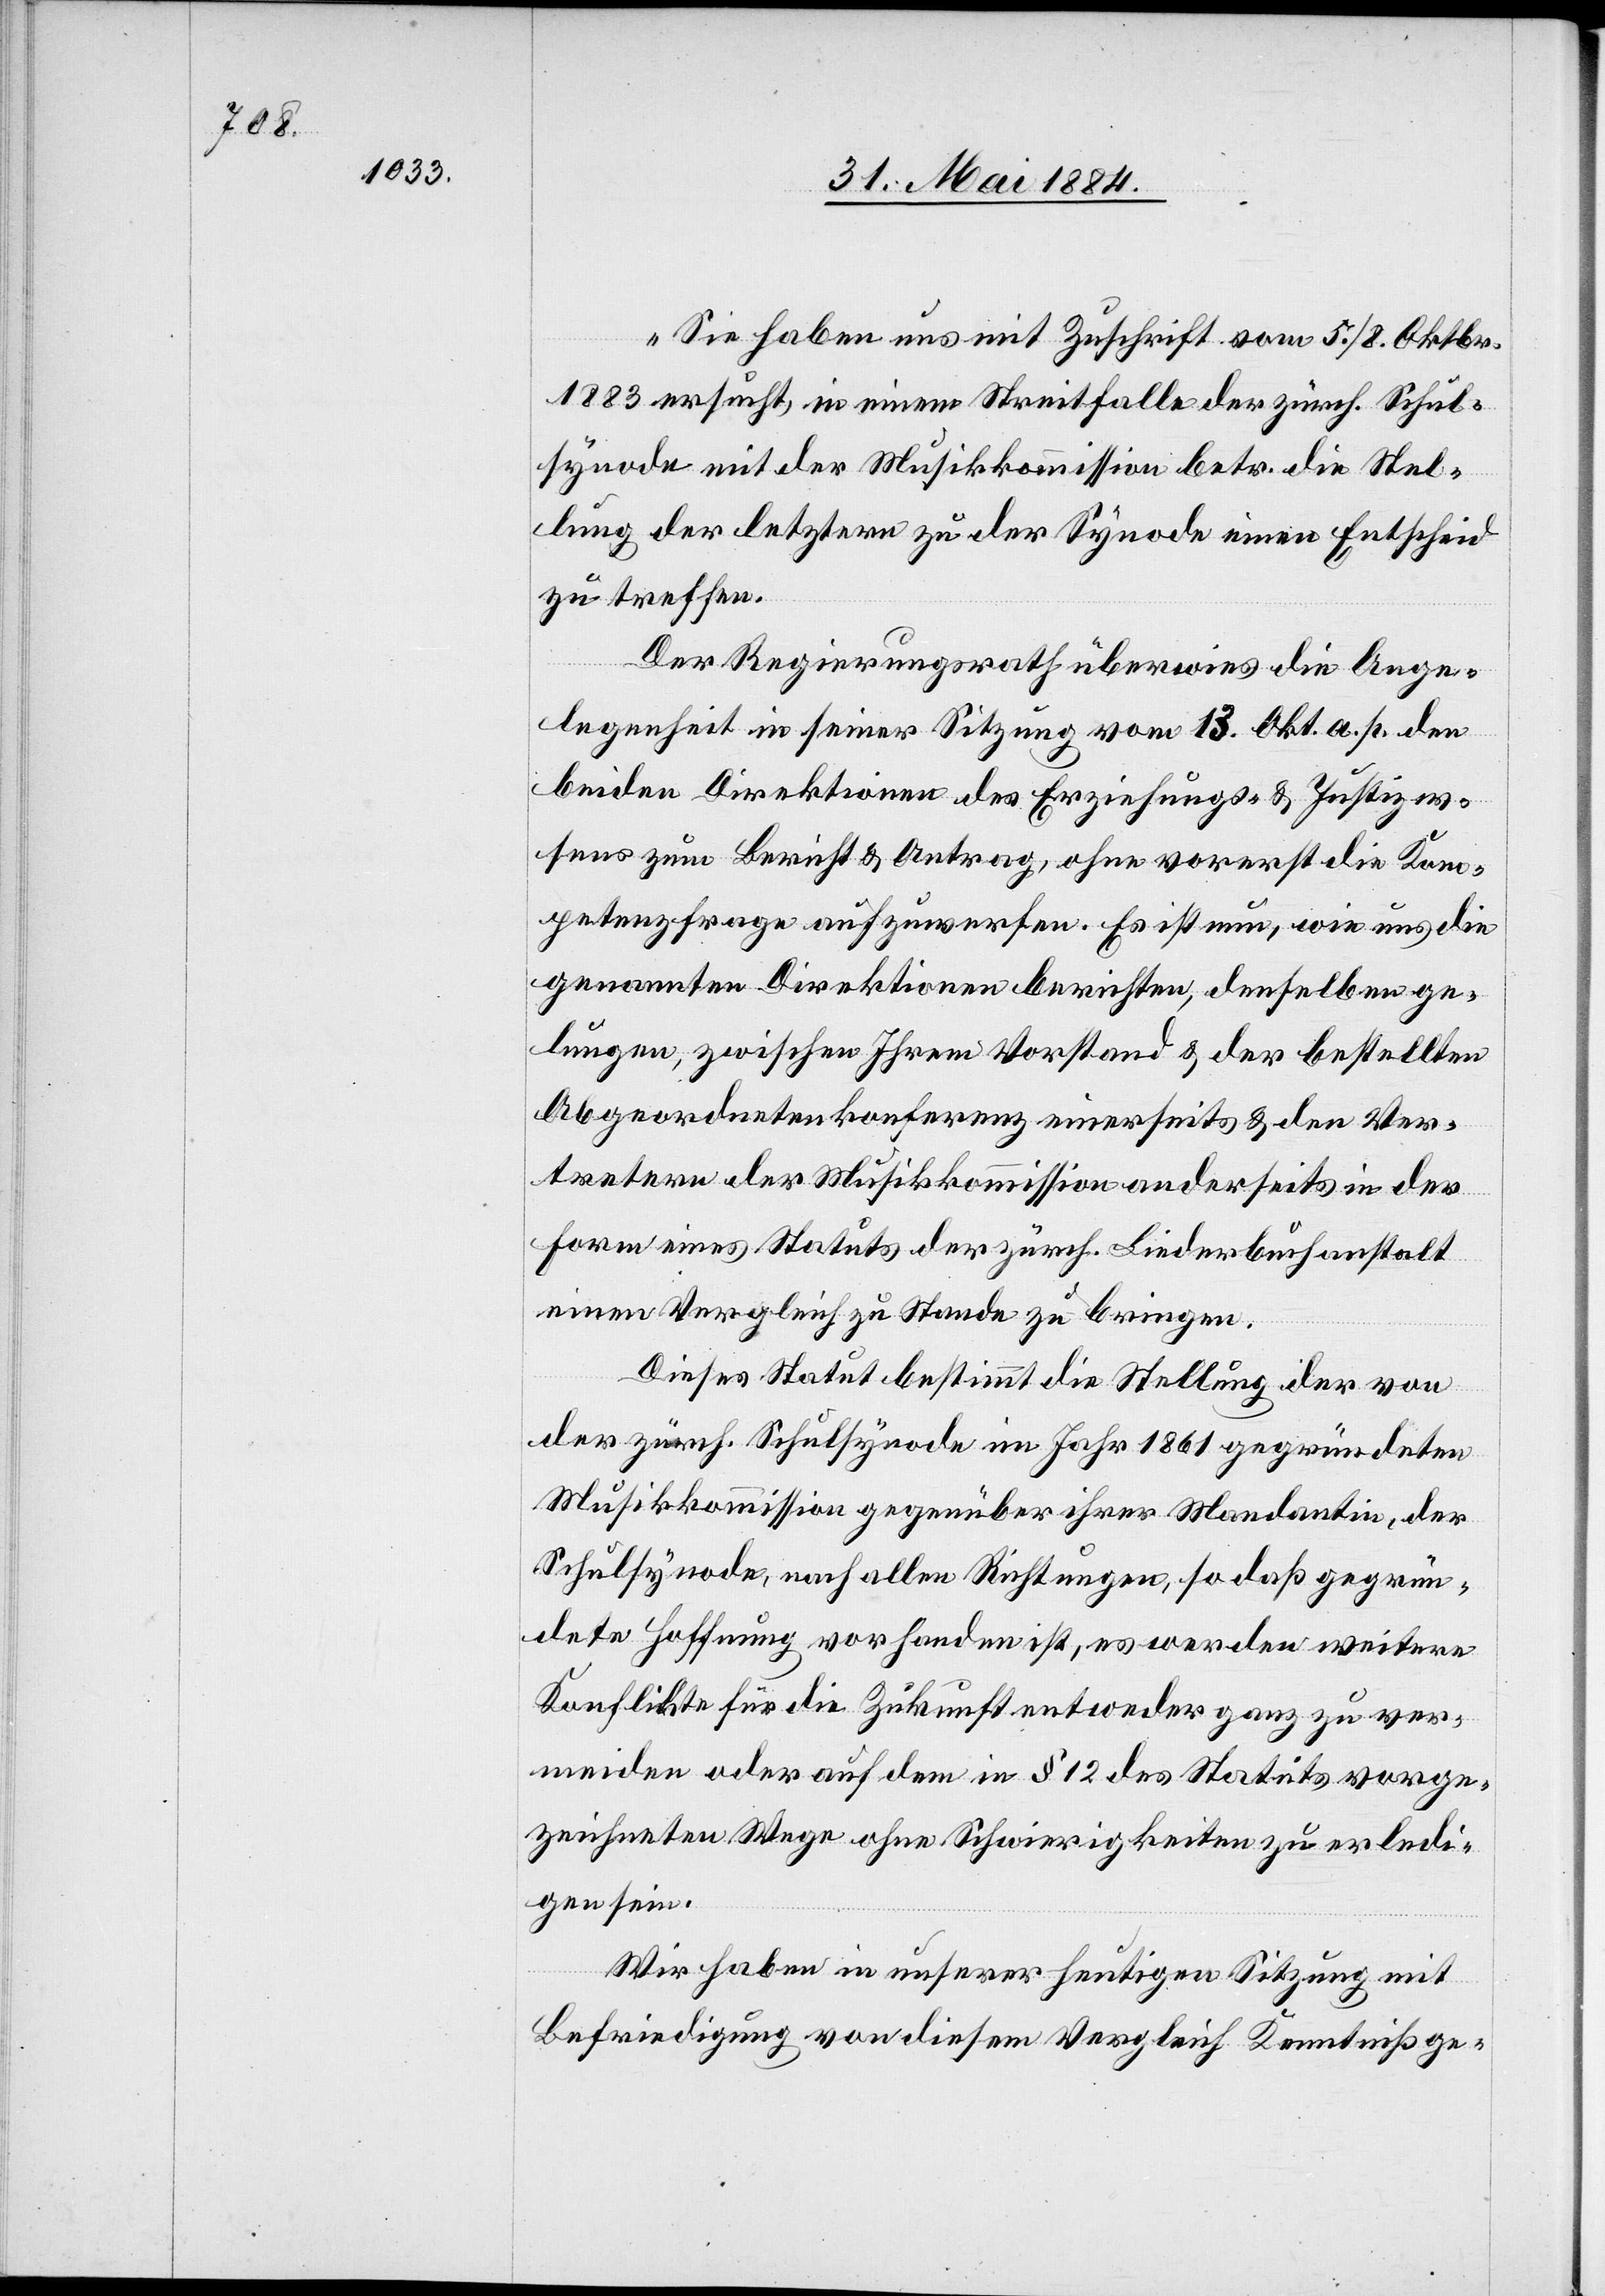
„Sie haben uns mit Zuschrift vom 5./8. Oktbr.
1883 ersucht, in einem Streitfalle der zürch. Schul¬
synode mit der Musikkommission betr.die Stel¬
lung der letztern zu der Synode einen Entscheid
zu treffen.
Der Regierungsrath überwies die Ange¬
legenheit in seiner Sitzung vom 13. Okt. a. p. den
beiden Direktionen des Erziehung- & Justizwe¬
sens zum Bericht & Antrag, ohne vorerst die Kom¬
petenzfrage aufzuwerfen. Es ist nun, wie uns die
genannten Direktionen berichten, denselben ge¬
lungen, zwischen Ihrem Vorstand & der bestellten
Abgeordnetenkonferenz einerseits & den Ver¬
tretern der Musikkommission anderseits in der
Form eines Status der zürch. Liederbuchanstalt
einen Vergleich zu Stande zu bringen.
Dieses Statut bestimmt die Stellung der von
der zürch. Schulsynode im Jahr 1861 gegründeten
Musikkommission gegenüber ihrer Mandantin, der
Schulsynode, nach allen Richtungen, so daß gegrün¬
dete Hoffnung vorhanden ist, es werden weitere
Konflikte für die Zukunft entweder ganz zu ver¬
meiden oder auf dem in § 12 des Statuts vorge¬
zeichneten Wege ohne Schwierigkeiten zu erledi¬
gen sein.
Wir haben in unserer heutigen Sitzung mit
Befriedigung von diesem Vergleich Kenntniß ge-